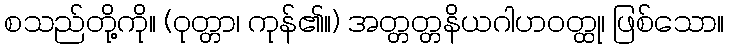
စသည်တို့ကို။ (ဝုတ္တာ၊ ကုန်၏။) အတ္တတ္တနိယဂါဟဝတ္ထု၊ ဖြစ်သော။